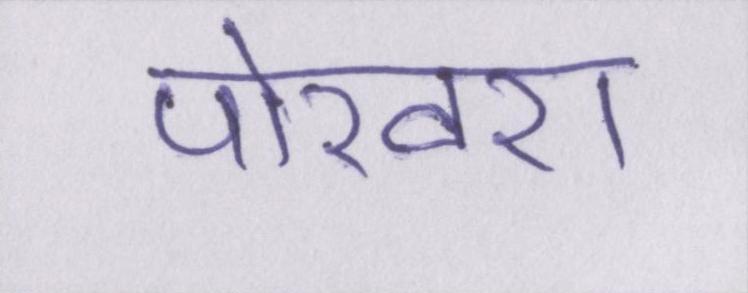
पोखरा